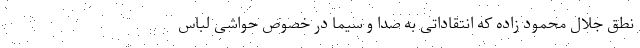
نطق جلال محمود زاده که انتقاداتی به صدا و سیما در خصوص حواشی لباس